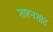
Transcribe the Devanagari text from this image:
शाहनशाह